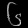
Digit: ၆